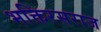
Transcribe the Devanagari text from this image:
भक्तिरसराज